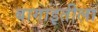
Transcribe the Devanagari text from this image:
बागाइतीला